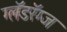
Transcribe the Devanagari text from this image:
ग्लॅडरॅग्ज